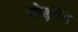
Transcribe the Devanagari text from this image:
चोड़गंग